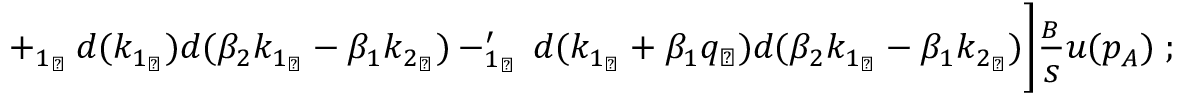
\biggl . + \not { q } _ { 1 _ { \perp } } \: d ( k _ { 1 _ { \perp } } ) d ( \beta _ { 2 } k _ { 1 _ { \perp } } - \beta _ { 1 } k _ { 2 _ { \perp } } ) - \not { q } _ { 1 _ { \perp } } ^ { \prime } \: d ( k _ { 1 _ { \perp } } + \beta _ { 1 } q _ { \perp } ) d ( \beta _ { 2 } k _ { 1 _ { \perp } } - \beta _ { 1 } k _ { 2 _ { \perp } } ) \biggr ] \frac { \not { p } _ { B } } { s } u ( p _ { A } ) \; ;